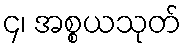
၄၊ အစ္စယသုတ်